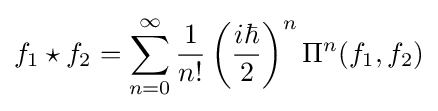
f_{1}\star f_{2}=\sum _{n=0}^{\infty }{\frac {1}{n!}}\left({\frac {i\hbar }{2}}\right)^{n}\Pi ^{n}(f_{1},f_{2})